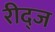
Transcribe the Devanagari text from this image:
रीद्ज